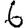
Digit: 6